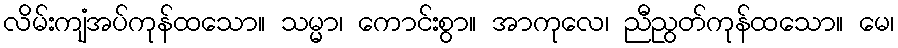
လိမ်းကျံအပ်ကုန်ထသော။ သမ္မာ၊ ကောင်းစွာ။ အာကုလေ၊ ညီညွတ်ကုန်ထသော။ မေ၊